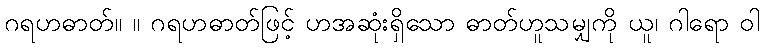
ဂရဟဓာတ်။ ။ ဂရဟဓာတ်ဖြင့် ဟအဆုံးရှိသော ဓာတ်ဟူသမျှကို ယူ၊ ဂါရော ဝါ